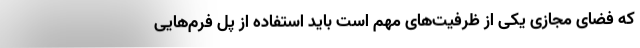
که فضای مجازی یکی از ظرفیت‌های مهم است باید استفاده از پل فرم‌هایی